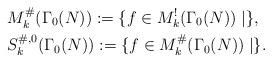
LaTeX: \begin{align*}&M_{k}^{\# }( \Gamma _{0}( N) ) :=\{ f\in M_{k}^{!}( \Gamma _{0}( N) ) \mid \},\\&S_{k}^{\# ,0}( \Gamma _{0}( N) ) :=\{ f\in M_{k}^{\#}( \Gamma _{0}( N) ) \mid \}. \end{align*}